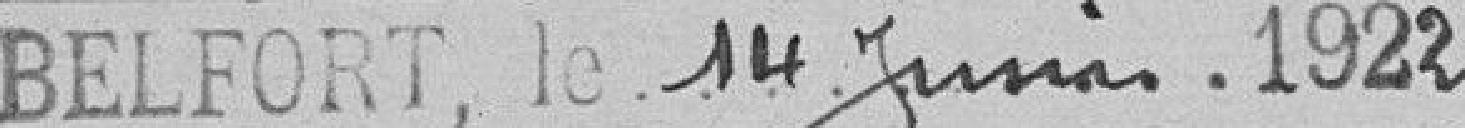
Belfort, le 14 juin 1922